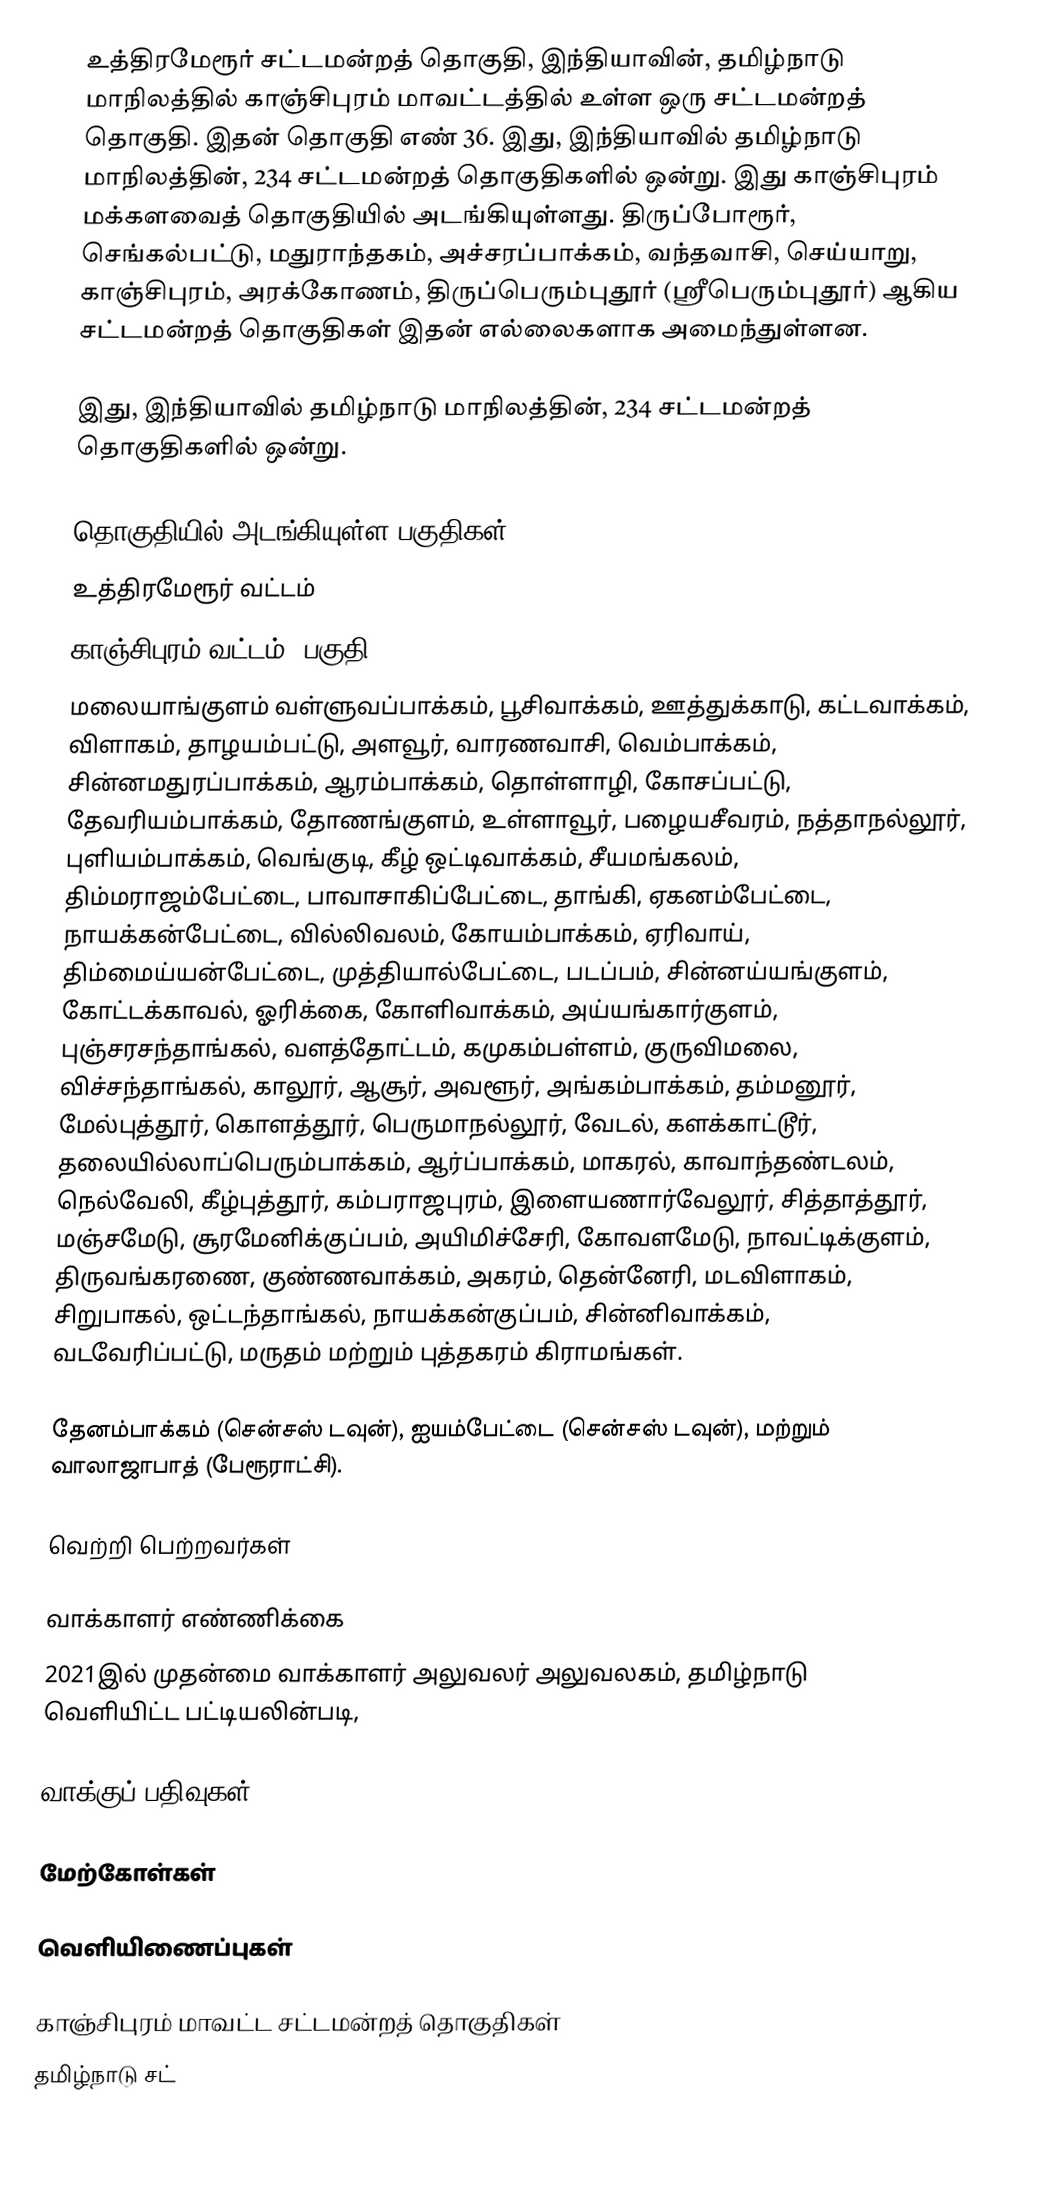
உத்திரமேரூர் சட்டமன்றத் தொகுதி, இந்தியாவின், தமிழ்நாடு மாநிலத்தில்  காஞ்சிபுரம் மாவட்டத்தில் உள்ள ஒரு சட்டமன்றத் தொகுதி. இதன் தொகுதி எண் 36. இது, இந்தியாவில் தமிழ்நாடு மாநிலத்தின், 234 சட்டமன்றத் தொகுதிகளில் ஒன்று. இது காஞ்சிபுரம் மக்களவைத் தொகுதியில் அடங்கியுள்ளது. திருப்போரூர், செங்கல்பட்டு, மதுராந்தகம், அச்சரப்பாக்கம், வந்தவாசி, செய்யாறு, காஞ்சிபுரம், அரக்கோணம், திருப்பெரும்புதூர் (ஸ்ரீபெரும்புதூர்) ஆகிய சட்டமன்றத் தொகுதிகள் இதன் எல்லைகளாக அமைந்துள்ளன.

இது, இந்தியாவில் தமிழ்நாடு மாநிலத்தின், 234 சட்டமன்றத் தொகுதிகளில் ஒன்று.

தொகுதியில் அடங்கியுள்ள பகுதிகள்
உத்திரமேரூர் வட்டம்
காஞ்சிபுரம் வட்டம் (பகுதி)
மலையாங்குளம் வள்ளுவப்பாக்கம், பூசிவாக்கம், ஊத்துக்காடு, கட்டவாக்கம், விளாகம், தாழயம்பட்டு, அளவூர், வாரணவாசி, வெம்பாக்கம், சின்னமதுரப்பாக்கம், ஆரம்பாக்கம், தொள்ளாழி, கோசப்பட்டு, தேவரியம்பாக்கம், தோணங்குளம், உள்ளாவூர், பழையசீவரம், நத்தாநல்லூர், புளியம்பாக்கம், வெங்குடி, கீழ் ஒட்டிவாக்கம், சீயமங்கலம், திம்மராஜம்பேட்டை, பாவாசாகிப்பேட்டை, தாங்கி, ஏகனம்பேட்டை, நாயக்கன்பேட்டை, வில்லிவலம், கோயம்பாக்கம், ஏரிவாய், திம்மைய்யன்பேட்டை, முத்தியால்பேட்டை, படப்பம், சின்னய்யங்குளம், கோட்டக்காவல், ஓரிக்கை, கோளிவாக்கம், அய்யங்கார்குளம், புஞ்சரசந்தாங்கல், வளத்தோட்டம், கமுகம்பள்ளம், குருவிமலை, விச்சந்தாங்கல், காலூர், ஆசூர், அவளூர், அங்கம்பாக்கம், தம்மனூர், மேல்புத்தூர், கொளத்தூர், பெருமாநல்லூர், வேடல், களக்காட்டூர், தலையில்லாப்பெரும்பாக்கம், ஆர்ப்பாக்கம், மாகரல், காவாந்தண்டலம், நெல்வேலி, கீழ்புத்தூர், கம்பராஜபுரம், இளையணார்வேலூர், சித்தாத்தூர், மஞ்சமேடு, சூரமேனிக்குப்பம், அயிமிச்சேரி, கோவளமேடு, நாவட்டிக்குளம், திருவங்கரணை, குண்ணவாக்கம், அகரம், தென்னேரி, மடவிளாகம், சிறுபாகல், ஒட்டந்தாங்கல், நாயக்கன்குப்பம், சின்னிவாக்கம், வடவேரிப்பட்டு, மருதம் மற்றும் புத்தகரம் கிராமங்கள்.

தேனம்பாக்கம் (சென்சஸ் டவுன்), ஐயம்பேட்டை (சென்சஸ் டவுன்), மற்றும் வாலாஜாபாத் (பேரூராட்சி).

வெற்றி பெற்றவர்கள்

வாக்காளர் எண்ணிக்கை
2021இல் முதன்மை வாக்காளர் அலுவலர் அலுவலகம், தமிழ்நாடு வெளியிட்ட பட்டியலின்படி,

வாக்குப் பதிவுகள்

மேற்கோள்கள்

வெளியிணைப்புகள்

காஞ்சிபுரம் மாவட்ட சட்டமன்றத் தொகுதிகள்
தமிழ்நாடு சட்